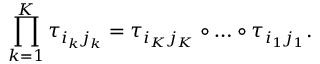
\prod _ { k = 1 } ^ { K } \tau _ { i _ { k } j _ { k } } = \tau _ { i _ { K } j _ { K } } \circ \dots \circ \tau _ { i _ { 1 } j _ { 1 } } .